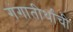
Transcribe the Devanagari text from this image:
गंगातीर्थांची